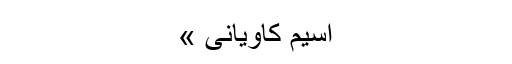
اسیم کاویانی »